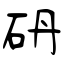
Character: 砃